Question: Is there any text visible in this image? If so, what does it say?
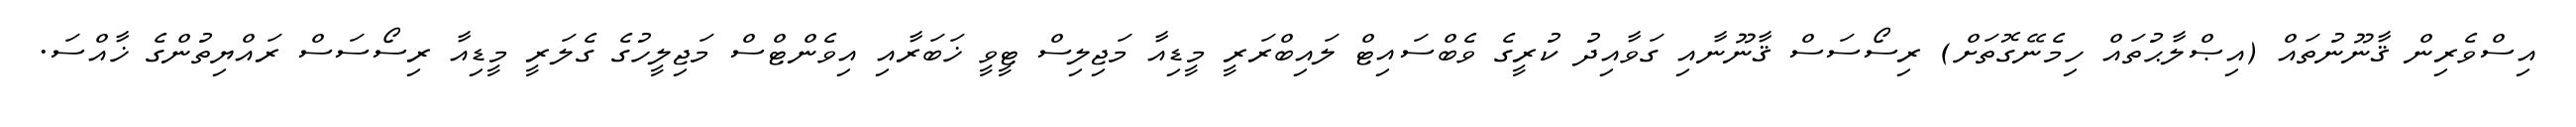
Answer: އިސްވެރިން ޤާނޫނުތައް (އިޞްލާޙުތައް ހިމެނޭގޮތަށް) ރިސޯސަސް ޤާނޫނާއި ގަވާއިދު ކުރީގެ ވެބްސައިޓް ލައިބްރަރީ މީޑިއާ މަޖިލިސް ޓީވީ ޚަބަރާއި އިވެންޓްސް މަޖިލީހުގެ ގެލަރީ މީޑިއާ ރިސޯސަސް ރައްޔިތުންގެ ޚާއްސަ.